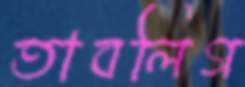
তাবলিগ